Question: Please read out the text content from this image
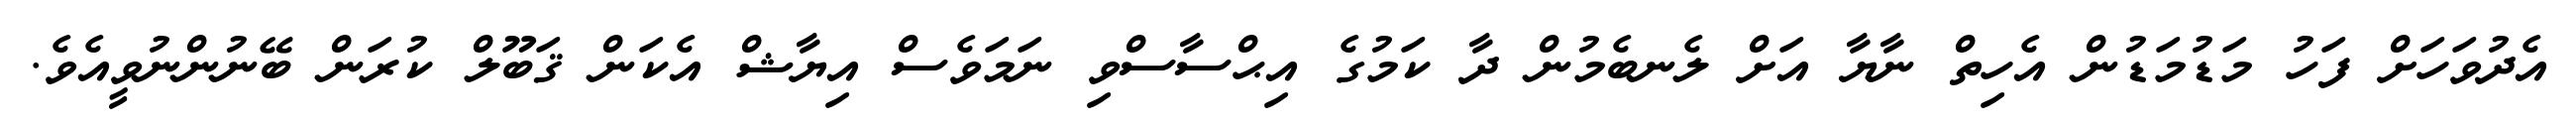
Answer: އެދުވަހަށް ފަހު މަޑުމަޑުން އެހިތް ނާޔާ އަށް ލެނބެމުން ދާ ކަމުގެ އިޙްސާސްވި ނަމަވެސް އިޔާޝް އެކަން ޤަބޫލް ކުރަން ބޭނުންނުވީއެވެ.